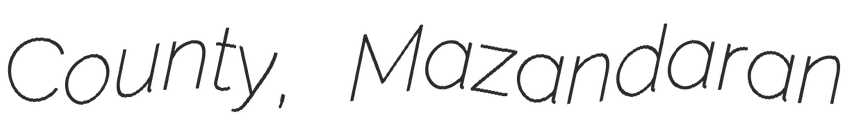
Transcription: County, Mazandaran